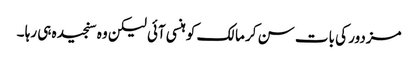
مزدور کی بات سن کر مالک کو ہنسی آئی لیکن وہ سنجیدہ ہی رہا ۔